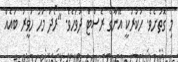
މި ގޮތަށެވެ. ހުކުރަކީ އޭނާގެ ރެސްޓް ދުވަހެވެ. "ރޯދަ މަހު ހަވީރު ބައެއް